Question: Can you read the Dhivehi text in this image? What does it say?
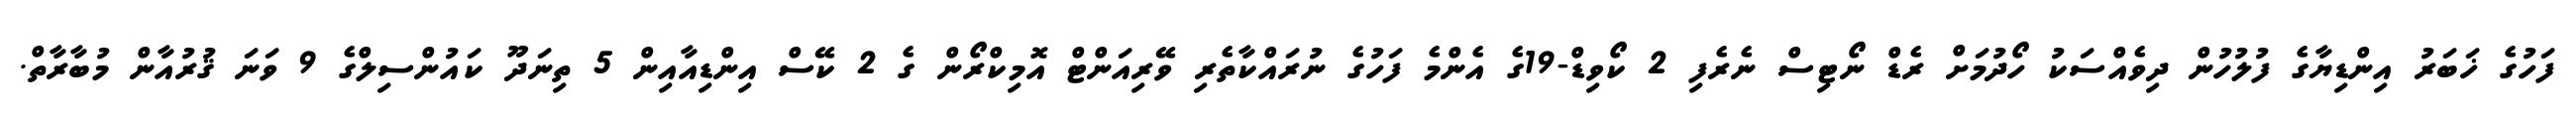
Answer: ފަހުގެ ޚަބަރު އިންޑިޔާގެ ފުލުހުން ދިވެއްސަކު ހޯދުމަށް ރެޑް ނޯޓިސް ނެރެފި 2 ކޯވިޑް-19ގެ އެންމެ ފަހުގެ ނުރައްކާތެރި ވޭރިއަންޓް އޮމިކްރޯން ގެ 2 ކޭސް އިންޑިއާއިން 5 ތިނަދޫ ކައުންސިލްގެ 9 ވަނަ ޤުރުއާން މުބާރާތް.